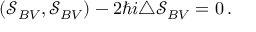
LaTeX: ( \mathcal { S } _ { B V } , \mathcal { S } _ { B V } ) - 2 \hbar i \triangle \mathcal { S } _ { B V } = 0 \, .